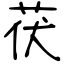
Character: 茯